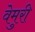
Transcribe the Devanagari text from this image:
वेमुरी